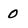
Character: O